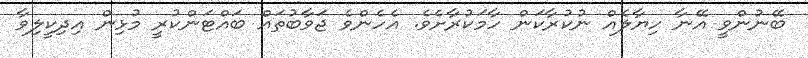
ބޭނުންވީ އޭނާ ހިޔާލެއް ނުކުރާކަން ހާމަކުރާށެވެ. އެހެންވެ ޖަވާބުތައް ބައްޓަންކުރީ މުޅިން އިދިކީލިވާ